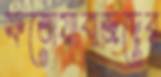
ফতোয়াবাজদের